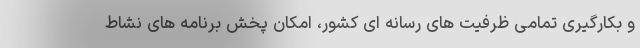
و بکارگیری تمامی ظرفیت های رسانه ای کشور، امکان پخش برنامه های نشاط